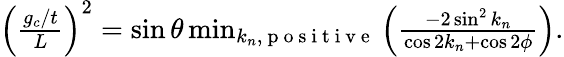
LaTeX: \begin{array}{r}{\Big(\frac{g_{c}/t}{L}\Big)^{2}=\sin\theta\operatorname*{min}_{k_{n},\mathrm{~p~o~s~i~t~i~v~e~}}\Big(\frac{-2\sin^{2}k_{n}}{\cos 2k_{n}+\cos 2\phi}\Big).}\end{array}